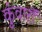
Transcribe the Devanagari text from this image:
कुंवारों